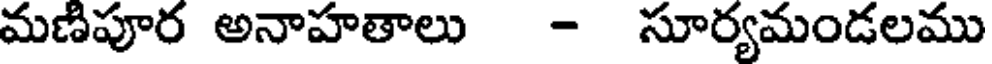
మణిపూర అనాహతాలు - సూర్యమండలము